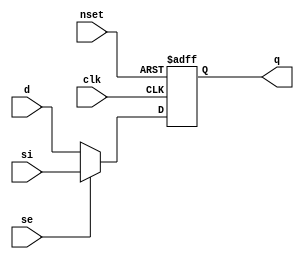
// This program was cloned from: https://github.com/siliconcompiler/lambdalib
// License: MIT License

//#############################################################################
//# Function:  Positive edge-triggered static D-type flop-flop with async     #
//#            active low preset and scan input.                              #
//# Copyright: Lambda Project Authors. All rights Reserved.                   #
//# License:   MIT (see LICENSE file in Lambda repository)                    #
//#############################################################################

module la_sdffsq #(
    parameter PROP = "DEFAULT"
) (
    input      d,
    input      si,
    input      se,
    input      clk,
    input      nset,
    output reg q
);

    always @(posedge clk or negedge nset)
        if (!nset) q <= 1'b1;
        else q <= se ? si : d;

endmodule